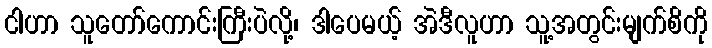
ငါဟာ သူတော်ကောင်းကြီးပဲလို့၊ ဒါပေမယ့် အဲဒီလူဟာ သူ့အတွင်းမျက်စိကို